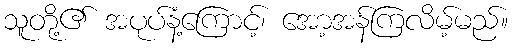
သူတို့၏ အပုပ်နံ့ကြောင့်၊ အော့အန်ကြလိမ့်မည်။